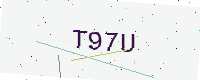
Text: T97U